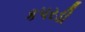
કપરડી